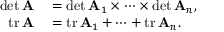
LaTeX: \begin{array} { r l } { \operatorname* { d e t } \mathbf { A } } & { { } = \operatorname* { d e t } \mathbf { A } _ { 1 } \times \cdots \times \operatorname* { d e t } \mathbf { A } _ { n } , } \\ { \operatorname { t r } \mathbf { A } } & { { } = \operatorname { t r } \mathbf { A } _ { 1 } + \cdots + \operatorname { t r } \mathbf { A } _ { n } . } \end{array}